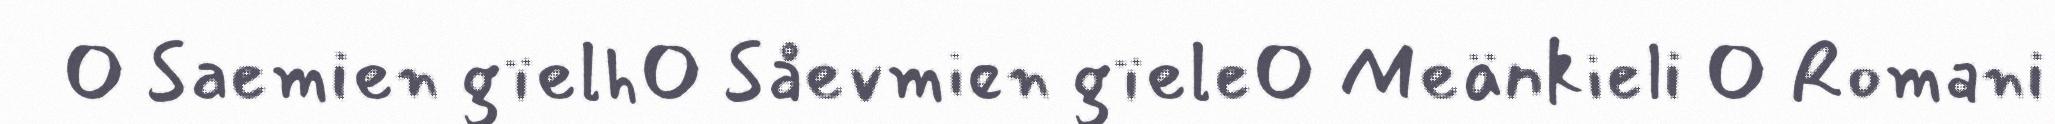
 Saemien gïelh Såevmien gïele Meänkieli  Romani